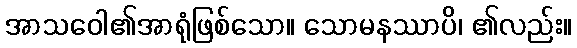
အာသဝေါ၏အာရုံဖြစ်သော။ သောမနဿာပိ၊ ၏လည်း။